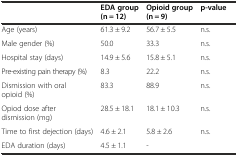
<table><thead><tr><td></td><td><b>EDA group (n = 12)</b></td><td><b>Opioid group (n = 9)</b></td><td><b>p-value</b></td></tr></thead><tbody><tr><td>Age (years)</td><td>61.3 ± 9.2</td><td>56.7 ± 5.5</td><td>n.s.</td></tr><tr><td>Male gender (%)</td><td>50.0</td><td>33.3</td><td>n.s.</td></tr><tr><td>Hospital stay (days)</td><td>14.9 ± 5.6</td><td>15.8 ± 5.1</td><td>n.s.</td></tr><tr><td>Pre-existing pain therapy (%)</td><td>8.3</td><td>22.2</td><td>n.s.</td></tr><tr><td>Dismission with oral opioid (%)</td><td>83.3</td><td>88.9</td><td>n.s.</td></tr><tr><td>Opiod dose after dismission (mg)</td><td>28.5 ± 18.1</td><td>18.1 ± 10.3</td><td>n.s.</td></tr><tr><td>Time to first dejection (days)</td><td>4.6 ± 2.1</td><td>5.8 ± 2.6</td><td>n.s.</td></tr><tr><td>EDA duration (days)</td><td>4.5 ± 1.1</td><td>-</td><td></td></tr></tbody></table>